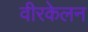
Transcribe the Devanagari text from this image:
वीरकेलन